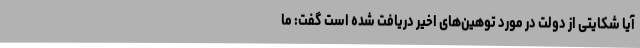
آیا شکایتی از دولت در مورد توهین‌های اخیر دریافت شده است گفت: ما